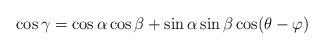
LaTeX: \begin{align*}\cos\gamma=\cos\alpha\cos\beta+\sin\alpha\sin\beta\cos(\theta-\varphi)\end{align*}